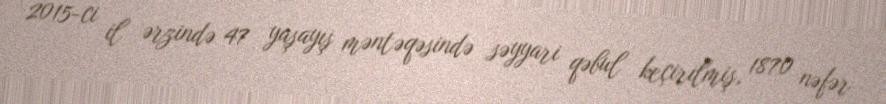
2015-ci il ərzində 47 yaşayış məntəqəsində səyyari qəbul keçirilmiş, 1870 nəfər